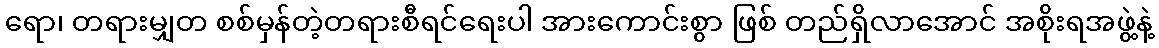
ရော၊ တရားမျှတ စစ်မှန်တဲ့တရားစီရင်ရေးပါ အားကောင်းစွာ ဖြစ် တည်ရှိလာအောင် အစိုးရအဖွဲ့နဲ့